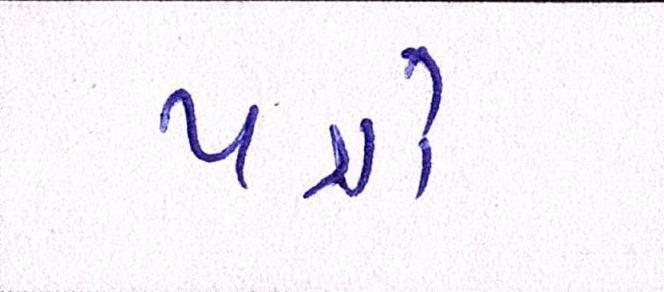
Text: પત્રો